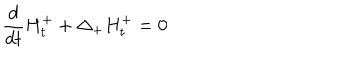
\frac { d } { d t } H _ { t } ^ { + } + \Delta _ { + } H _ { t } ^ { + } = 0